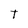
Character: T